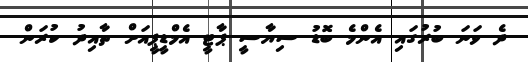
ދެ ވަނަ ބުރުގައި އެންމެ ބޮޑު ސިޔާސީ ޕާޓީ އެމްޑީޕީއަށް ތާއިދު ކުރަން